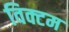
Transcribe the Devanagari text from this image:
विक्टम